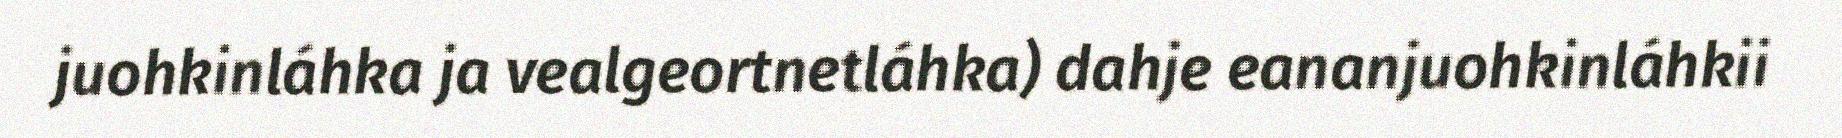
juohkinláhka ja vealgeortnetláhka) dahje eananjuohkinláhkii